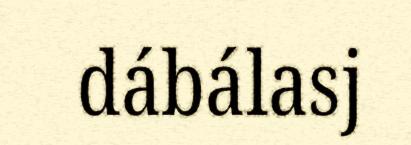
dábálasj